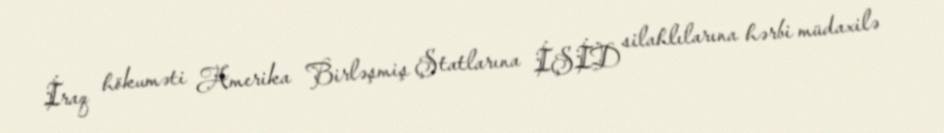
İraq hökuməti Amerika Birləşmiş Ştatlarına İŞİD silahlılarına hərbi müdaxilə